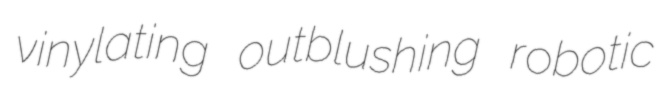
vinylating outblushing robotic